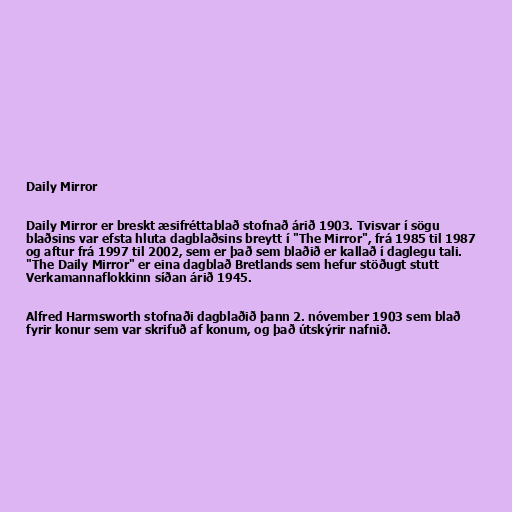
Daily Mirror

Daily Mirror er breskt æsifréttablað stofnað árið 1903. Tvisvar í sögu
blaðsins var efsta hluta dagblaðsins breytt í "The Mirror", frá 1985 til 1987
og aftur frá 1997 til 2002, sem er það sem blaðið er kallað í daglegu tali.
"The Daily Mirror" er eina dagblað Bretlands sem hefur stöðugt stutt
Verkamannaflokkinn síðan árið 1945.

Alfred Harmsworth stofnaði dagblaðið þann 2. nóvember 1903 sem blað
fyrir konur sem var skrifuð af konum, og það útskýrir nafnið.